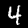
Label: 4